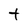
Character: t